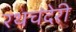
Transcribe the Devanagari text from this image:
रथचंदेरी